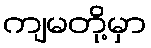
ကျမတို့မှာ